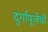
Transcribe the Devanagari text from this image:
दुर्गापूजेची